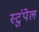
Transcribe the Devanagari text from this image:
स्टुंपेल